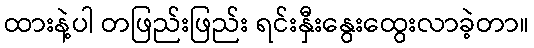
ထားနဲ့ပါ တဖြည်းဖြည်း ရင်းနှီးနွေးထွေးလာခဲ့တာ။